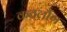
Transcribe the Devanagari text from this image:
कठलौंग